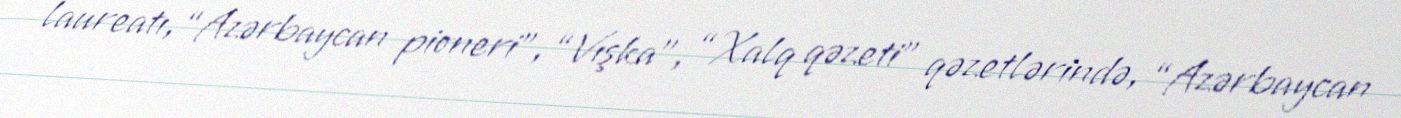
laureatı, “Azərbaycan pioneri”, “Vışka”, “Xalq qəzeti” qəzetlərində, “Azərbaycan